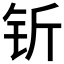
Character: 𬬱